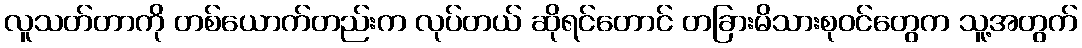
လူသတ်တာကို တစ်ယောက်တည်းက လုပ်တယ် ဆိုရင်တောင် တခြားမိသားစုဝင်တွေက သူ့အတွက်